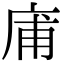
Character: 庯